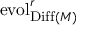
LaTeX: \operatorname { e v o l } _ { \operatorname { D i f f } ( M ) } ^ { r }